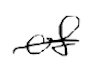
Text: of
Cross-out: single-line
Writing tool: digital_black